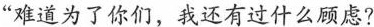
“难道为了你们，我还有过什么顾虑?